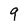
Character: g